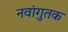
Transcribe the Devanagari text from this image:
नवांगुतक